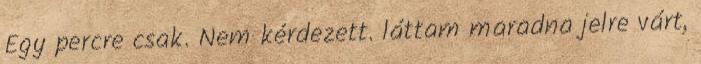
Egy percre csak. Nem kérdezett. láttam maradna jelre várt,